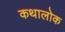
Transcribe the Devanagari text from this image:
कथालोक